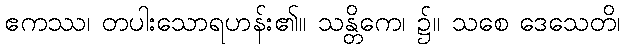
ဧကဿ၊ တပါးသောရဟန်း၏။ သန္တိကေ၊ ၌။ သစေ ဒေသေတိ၊